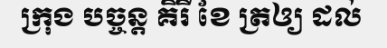
ក្រុង បច្ចន្ត គិរី ខែ ត្រឲ្យ ដល់